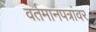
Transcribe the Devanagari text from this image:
वर्तमानपत्रांवर